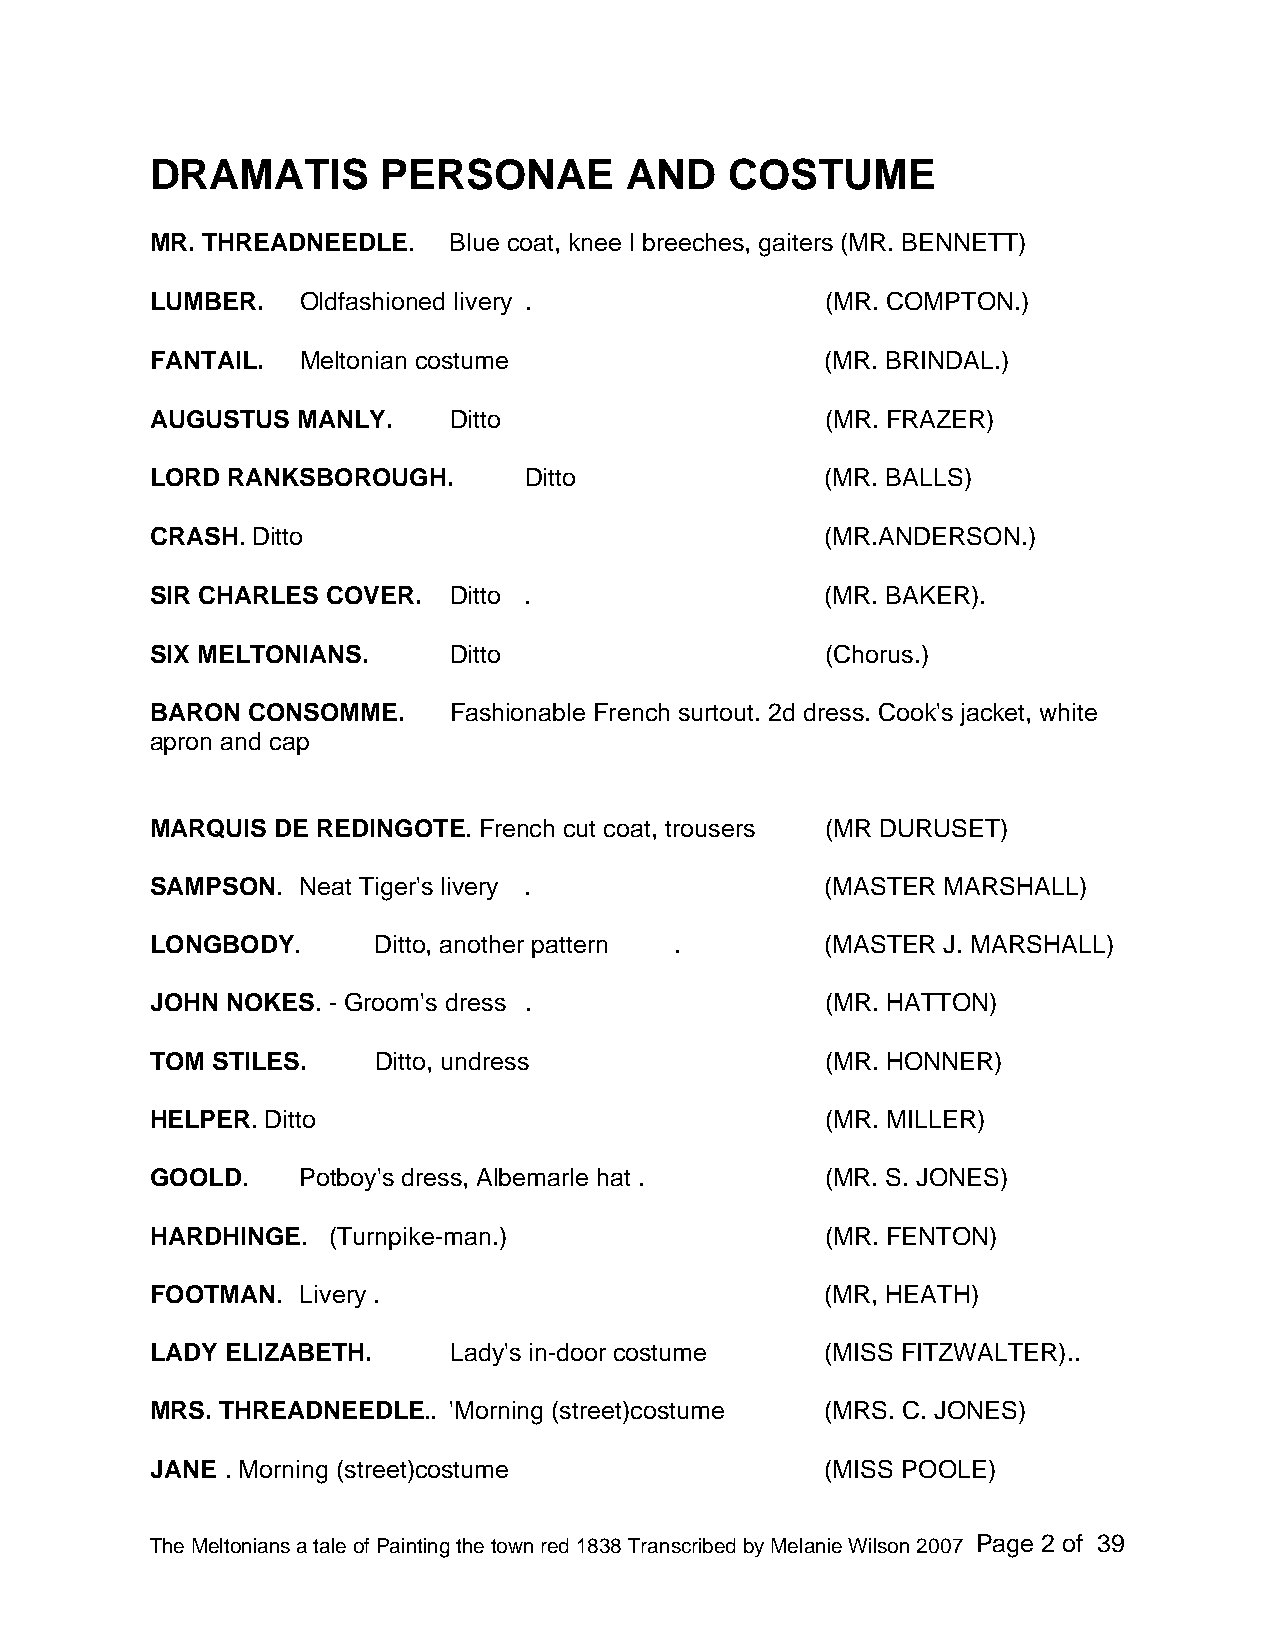
DRAMATIS       PERSONAE        AND    COSTUME
 MR. THREADNEEDLE.   Blue coat, knee l breeches, gaiters (MR. BENNETT)
 LUMBER.   Oldfashioned livery .              (MR. COMPTON.)
 FANTAIL.  Meltonian costume                  (MR. BRINDAL.)
 AUGUSTUS  MANLY.    Ditto                    (MR. FRAZER)
 LORD RANKSBOROUGH.       Ditto               (MR. BALLS)
 CRASH. Ditto                                 (MR.ANDERSON.)
 SIR CHARLES COVER.  Ditto .                  (MR. BAKER).
 SIX MELTONIANS.     Ditto                    (Chorus.)
 BARON CONSOMME.     Fashionable French surtout. 2d dress. Cook's jacket, white
 apron and cap
 MARQUIS DE REDINGOTE. French cut coat, trousers (MR DURUSET)
 SAMPSON.  Neat Tiger's livery .              (MASTER MARSHALL)
 LONGBODY.      Ditto, another pattern .      (MASTER J. MARSHALL)
 JOHN NOKES. - Groom's dress .                (MR. HATTON)
 TOM STILES.    Ditto, undress                (MR. HONNER)
 HELPER. Ditto                                (MR. MILLER)
 GOOLD.    Potboy's dress, Albemarle hat .    (MR. S. JONES)
 HARDHINGE.  (Turnpike-man.)                  (MR. FENTON)
 FOOTMAN.  Livery .                           (MR, HEATH)
 LADY ELIZABETH.     Lady's in-door costume   (MISS FITZWALTER)..
 MRS. THREADNEEDLE.. 'Morning (street)costume (MRS. C. JONES)
 JANE . Morning (street)costume               (MISS POOLE)
 The Meltonians a tale of Painting the town red 1838 Transcribed by Melanie Wilson 2007 Page 2 of 39